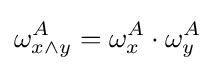
\omega _{x\land y}^{A}=\omega _{x}^{A}\cdot \omega _{y}^{A}\,\!